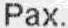
PAX.